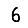
Digit: 6